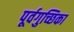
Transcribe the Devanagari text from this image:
पूर्वगुच्छिका